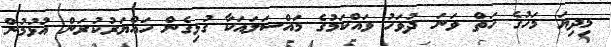
މިދިޔަ މަހުގެ ހަތް ވަނަ ދުވަހު ވައްކަމުގެ މައްސަލައަކާ ގުޅިގެން ހައްޔަރުކުރަން އުޅުމުން